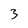
Character: 3